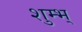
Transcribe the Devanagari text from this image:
शुम्भ्